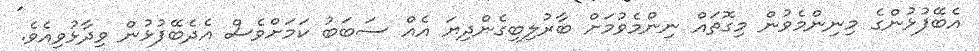
އެބޭފުޅުންގެ މިނިންމެވުން މިގޮތައް ނިންމެވުމަށް ބާރުލިބިގެންދިޔަ އެއް ސަބަބު ކަމަށްވެސް އެދެބޭފުޅުން ވިދާޅުވިއެވެ.